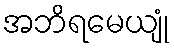
အဘိရမေယျုံ